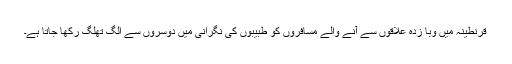
قرنطینہ میں وبا زدہ علاقوں سے آنے والے مسافروں کو طبیبوں کی نگرانی میں دوسروں سے الگ تھلگ رکھا جاتا ہے۔